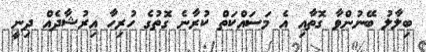
ބިލާލު ބޭނުންވާ ގޮތާއި އެ މަސައްކަތް ކުރާނެ ގޮތުގެ ހުރިހާ އިރުޝާދެއް ދިނީ